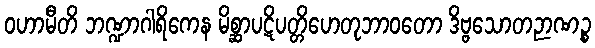
ဝဟာမီတိ ဘဏ္ဍာဂါရိကေန မိစ္ဆာပဋိပတ္တိဟေတုဘာဝတော ဒိဗ္ဗသောတဉာဏဉ္စ